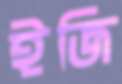
ইজি